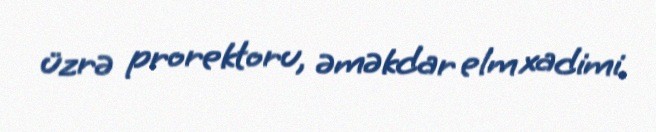
üzrə prorektoru, əməkdar elm xadimi.